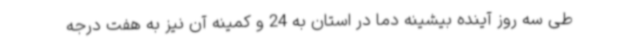
طی سه روز آینده بیشینه دما در استان به 24 و کمینه آن نیز به هفت درجه